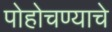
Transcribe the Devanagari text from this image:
पोहोचण्‍याचे